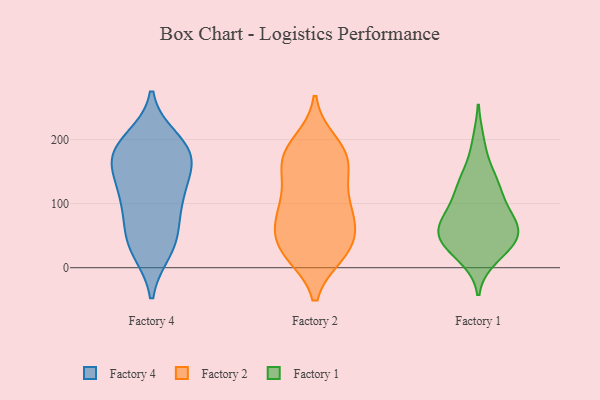
{"axis": {"x": "Active Users", "y": "Value"}, "legend": ["Factory 1", "Factory 2", "Factory 4"], "data": [{"x": "", "y": 170, "type": "Factory 4"}, {"x": "", "y": 174, "type": "Factory 4"}, {"x": "", "y": 98, "type": "Factory 4"}, {"x": "", "y": 150, "type": "Factory 4"}, {"x": "", "y": 44, "type": "Factory 4"}, {"x": "", "y": 117, "type": "Factory 4"}, {"x": "", "y": 31, "type": "Factory 4"}, {"x": "", "y": 97, "type": "Factory 4"}, {"x": "", "y": 180, "type": "Factory 4"}, {"x": "", "y": 127, "type": "Factory 4"}, {"x": "", "y": 27, "type": "Factory 4"}, {"x": "", "y": 191, "type": "Factory 4"}, {"x": "", "y": 58, "type": "Factory 4"}, {"x": "", "y": 176, "type": "Factory 4"}, {"x": "", "y": 200, "type": "Factory 4"}, {"x": "", "y": 24, "type": "Factory 2"}, {"x": "", "y": 69, "type": "Factory 2"}, {"x": "", "y": 24, "type": "Factory 2"}, {"x": "", "y": 104, "type": "Factory 2"}, {"x": "", "y": 47, "type": "Factory 2"}, {"x": "", "y": 27, "type": "Factory 2"}, {"x": "", "y": 137, "type": "Factory 2"}, {"x": "", "y": 172, "type": "Factory 2"}, {"x": "", "y": 177, "type": "Factory 2"}, {"x": "", "y": 94, "type": "Factory 2"}, {"x": "", "y": 169, "type": "Factory 2"}, {"x": "", "y": 81, "type": "Factory 2"}, {"x": "", "y": 89, "type": "Factory 2"}, {"x": "", "y": 179, "type": "Factory 2"}, {"x": "", "y": 22, "type": "Factory 2"}, {"x": "", "y": 195, "type": "Factory 2"}, {"x": "", "y": 147, "type": "Factory 2"}, {"x": "", "y": 53, "type": "Factory 2"}, {"x": "", "y": 30, "type": "Factory 1"}, {"x": "", "y": 41, "type": "Factory 1"}, {"x": "", "y": 138, "type": "Factory 1"}, {"x": "", "y": 59, "type": "Factory 1"}, {"x": "", "y": 18, "type": "Factory 1"}, {"x": "", "y": 66, "type": "Factory 1"}, {"x": "", "y": 57, "type": "Factory 1"}, {"x": "", "y": 82, "type": "Factory 1"}, {"x": "", "y": 136, "type": "Factory 1"}, {"x": "", "y": 78, "type": "Factory 1"}, {"x": "", "y": 39, "type": "Factory 1"}, {"x": "", "y": 104, "type": "Factory 1"}, {"x": "", "y": 194, "type": "Factory 1"}, {"x": "", "y": 126, "type": "Factory 1"}, {"x": "", "y": 51, "type": "Factory 1"}]}